Bréfritari: Jakobína Jónsdóttir
Viðtakandi: Sólveig Jónsdóttir
Dagsetning: A-1886-02-03
Skrifað á: Bessastöðum  Gull.
systir bréfviðtakanda

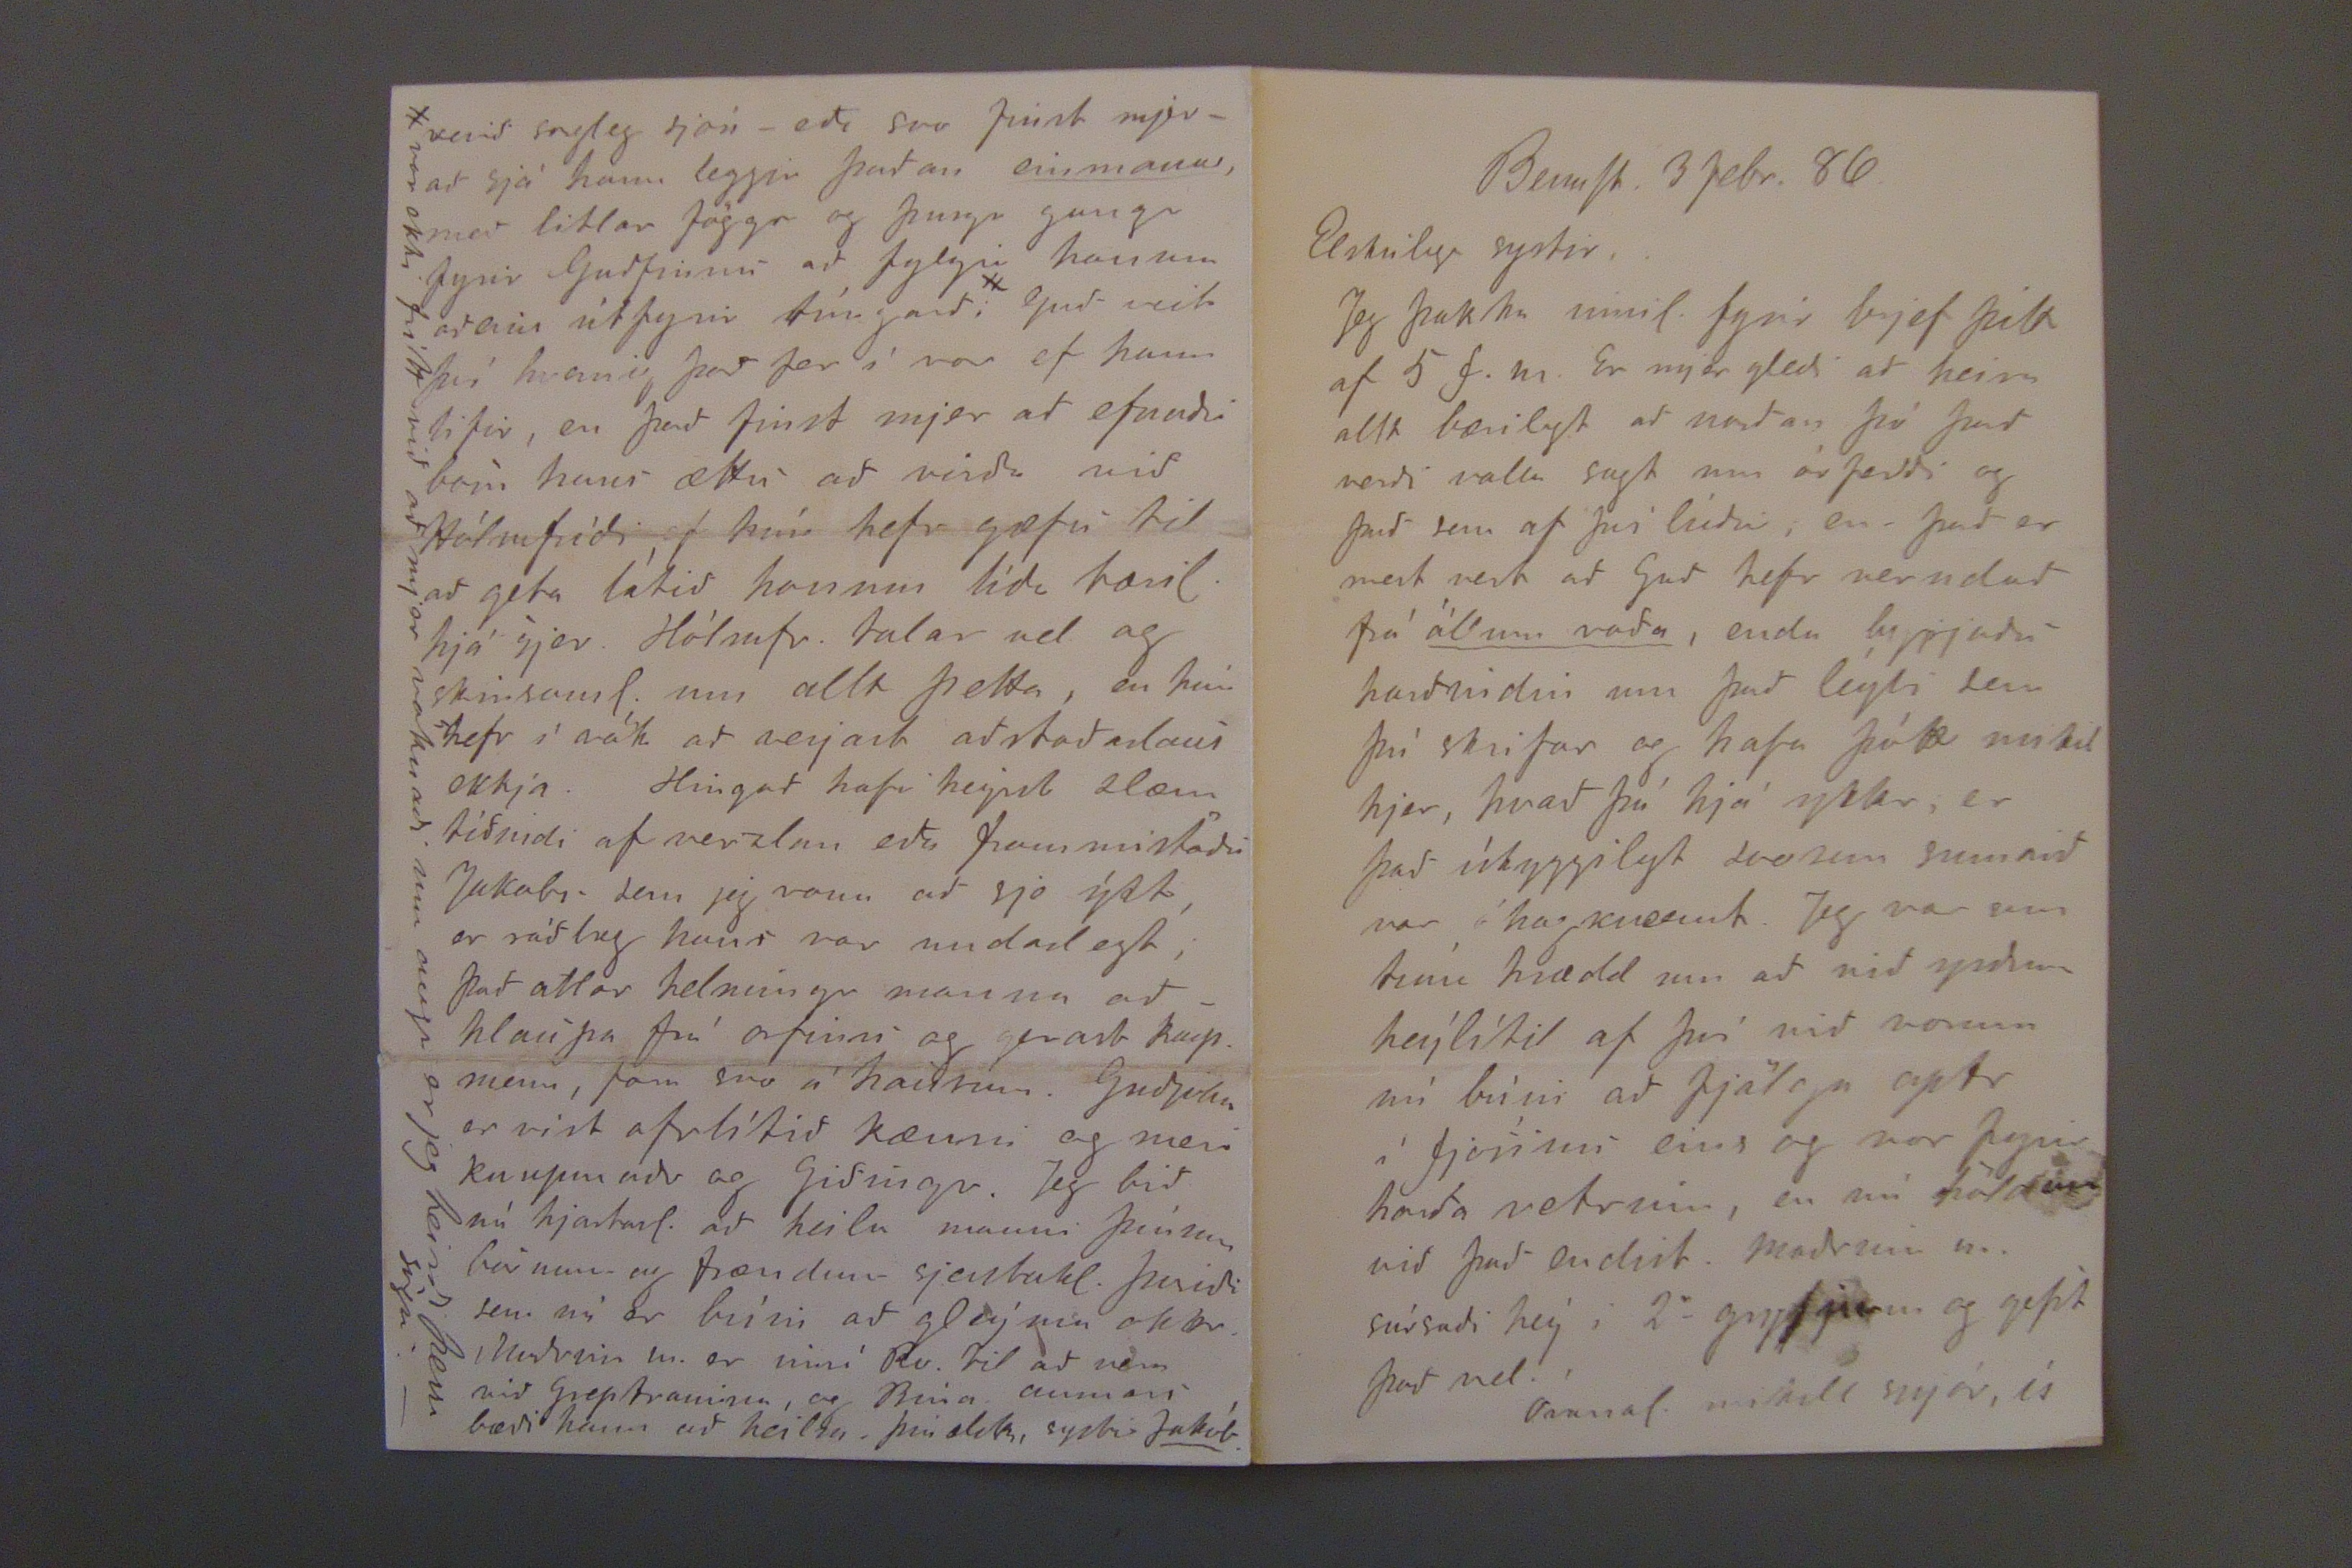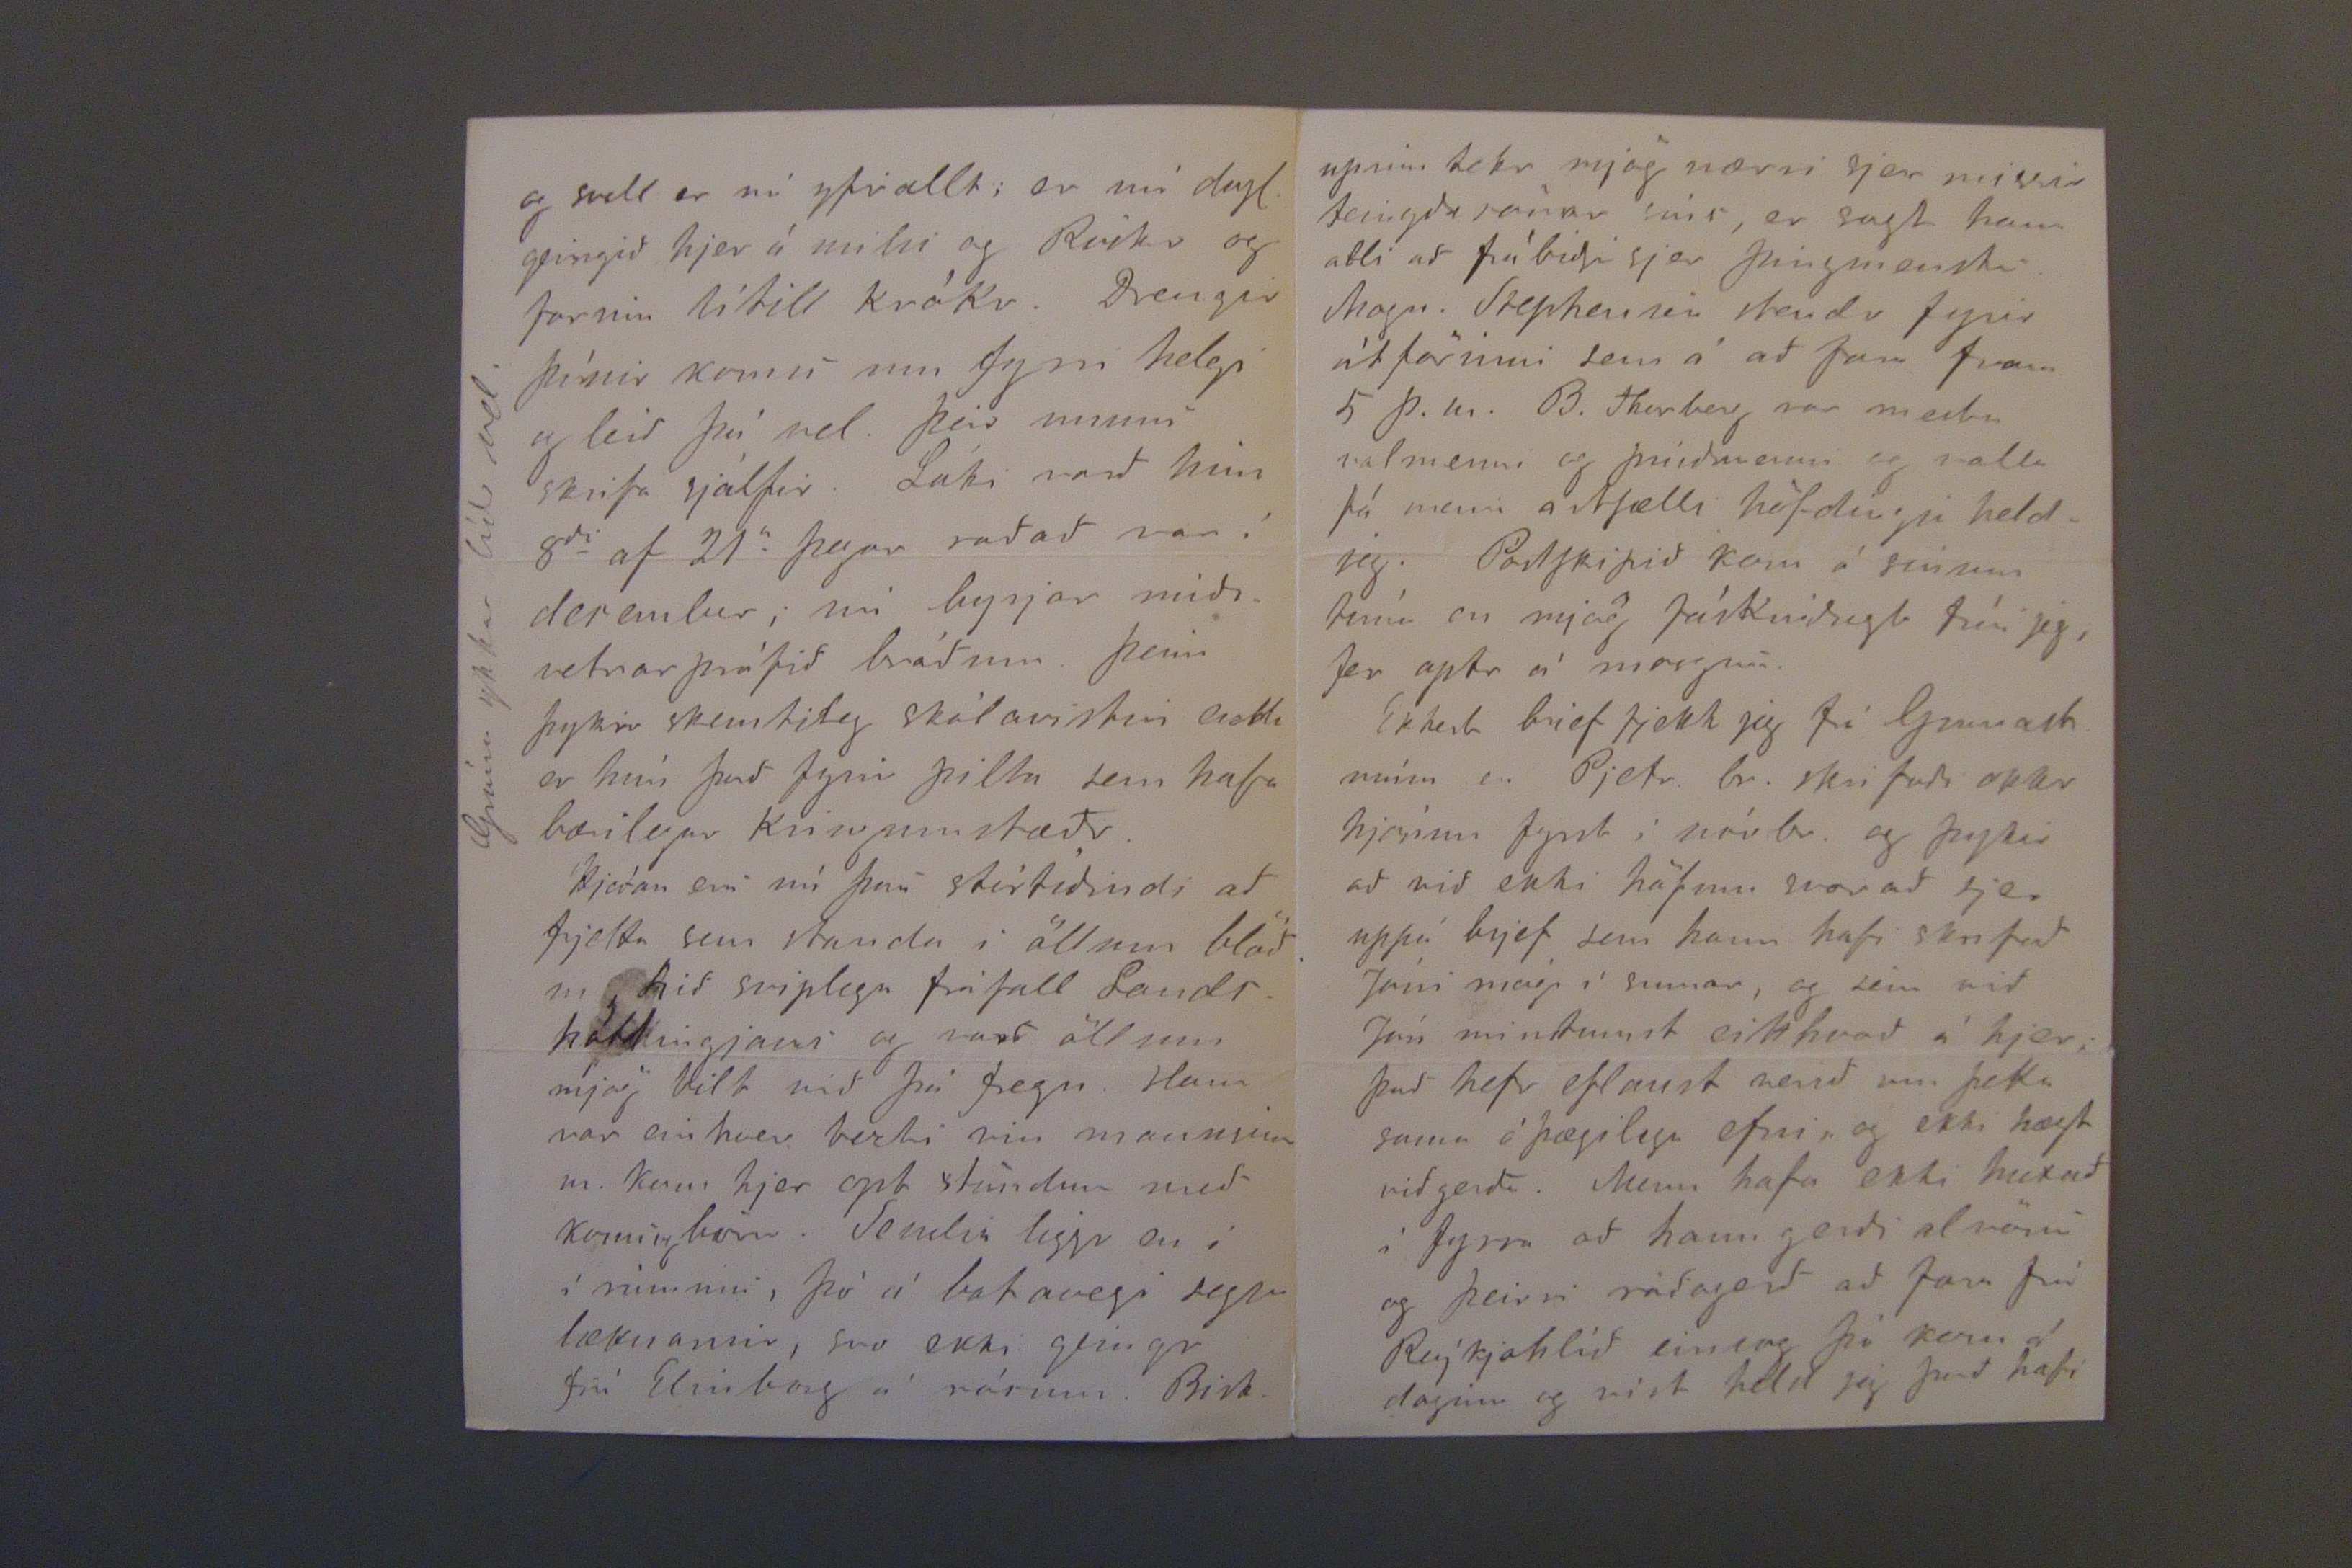

BessaSt. 3 febr. 86.
Elskulega systir,
Jeg þakka innil. fyrir brjef þitt af 5 f.m. Er mjer gleði að heira allt bærilegt að norðan þó það verði valla sagt um árferði og það sem af því lídur; en það er mest vert að Guð hefr verndað frá
öllum voða
, enda hypjaðu harðindin um það leýti sem þú skrifar og hafa þótt mikil hjer, hvað þú hjá ykkr, er það ískyggilegt svosem sumarið var óhagkvæmt. Jeg var um tími hrædd um að við yrðum heýlítil af því við vorum nú búin að fjölga aptr í fjósinu eins og var fyrir harða vetrinn, en nú höldum við það endist. Maðrinn
m.
súrsaði heý i 2
a
gryfjun og gefst það vel.
Óvanal. mikill snjór, ís
og svell er nú yfirallt; er nú dugl. geingið hjer á milli og Rvíkr og farnin lítill KróKr. Drengir þínir komu um fyrri helgi og leið þú vel. þeir munu skrifa sjálfir. Láki varð hinn 8
di
af 21
a
þegar raðað var í deremlur; nú byrjar miðsvetrarprófið bráðum. þeim þykir skemtileg skólarvistin
nebli
er hún það fyrir pilta sem hafa bærilegar Kringumstæðr.
Hjeðan eru nú þau stórtíðindi að frjetta sem standa i öllum blöðum, hið sviplega fráfall Landrháttingjans og varð öllum mjög vilt við þá fregn. Hann var einhver bezti vin mannsins m. Kom hjer opt stundum með konuog börn. Sendir liggr en i í rúminu, þó á bataveegi segja læknarnir, svo ekki geingr frú Elinborg á sárum. Bisk-
Grána ykkar lídr vel.
verið sorgleg sjón -eða svo finst mjer- að sjá hann leggja þaðan
einmana
, með litlar föggr og þunga ganga fyrir Guðfinnu að fylgi honum aðeins útfyrir túngarð; # Guð veit því hvernig það fer í vor ef hann lifir, en það finst mjer að efnuðu börn hans ættu að virða við Hólmfríði ef hún hefr gæfu til að geta látið honum líða bæril. hjá sjer. Hólmfr. talar vel og skinsaml. um allt þetta, en hún hefr í vátt að verjast aðstoðarlaus ekkja. Hingað hafi heyrst slæm tíðindi af verzlun eða frammistöðu Jakobs sem jeg vona að sje ýkt, er ráðlag hans var undarlegt; það atlar helmingr manna að - hlaupa frá æfinni og gerast kaupmenn, fara svo á hausinn. Guðjohn er vist ofrlítið kænni og meri kaupmaðr og Giðingr. Jeg bið nú hjartanl. að heilsa manni þínum börnum og frændum sjerstakl. þuriði sem nú er búin að gleýma okkr. Maðrinn m. er inní Rv til að vera við Greptranina, og Bína annars bæði hann að heilsa. þín elsk, systir
Jakób.
#var ekki frítt við að mjer vaknaði um augs er jeg heiri þessa sögu.-
upinn tekr mjög nærri sjer missir teingdasonar síns, er sagt hann atli að frábiðja sjer þingmensku. Magn. Stephensen stendr fyrir útförinni sem á að fara fram 5 þ.m. B. Thorberg var mestu valmenni og prúðmenni og valla fá menn astSælli höfdingja heldjeg. PostSkipið kom á sinum tíma en mjög fáskruðugt trúi jeg, fer aptr á morgun.
Ekkert brjef fjekk jeg frá Grunast núna er Pjetr. br. skrifaði okkr hjónum fyrst í nóvbr. og þykir að við ekki höfum svarað sjer uppá brjef sem hann hafi skrifað Jóni mági í sumar, og sem við Jón mintumst eitthvað á hjer; það hefr eflaust verið um þetta sama óþægilega efni, og ekki hægt viðgerðs. Menn hafa ekki huxað í fyrra að hann gerði alvöru og þeirri ráðagerð að fara frá Reýkjahlíð einsog þó kom á daginn og víst held jeg það hafi